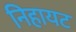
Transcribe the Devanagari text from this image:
निहायट